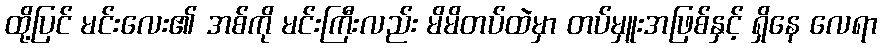
ထို့ပြင် မင်းလေး၏ အစ်ကို မင်းကြီးလည်း မိမိတပ်ထဲမှာ တပ်မှူးအဖြစ်နှင့် ရှိနေ လေရာ